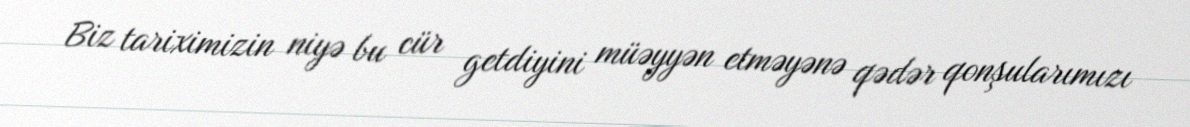
Biz tariximizin niyə bu cür getdiyini müəyyən etməyənə qədər qonşularımızı